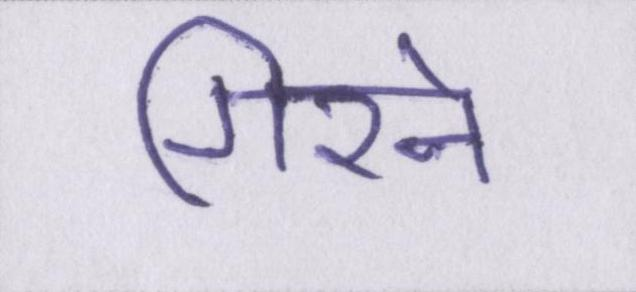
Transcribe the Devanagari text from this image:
गिरने